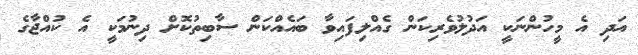
އަދި އެ މީހުންނަކީ އަދުލުވެރިކަން ގެއްލިފައިވާ ބައެއްކަން ސާބިތުކޮށް ދިނުމަކީ އެ ކުއްޖާގެ